Annual administration report of the Civil Veterinary Department of India - 1897-1898
Year: 1897
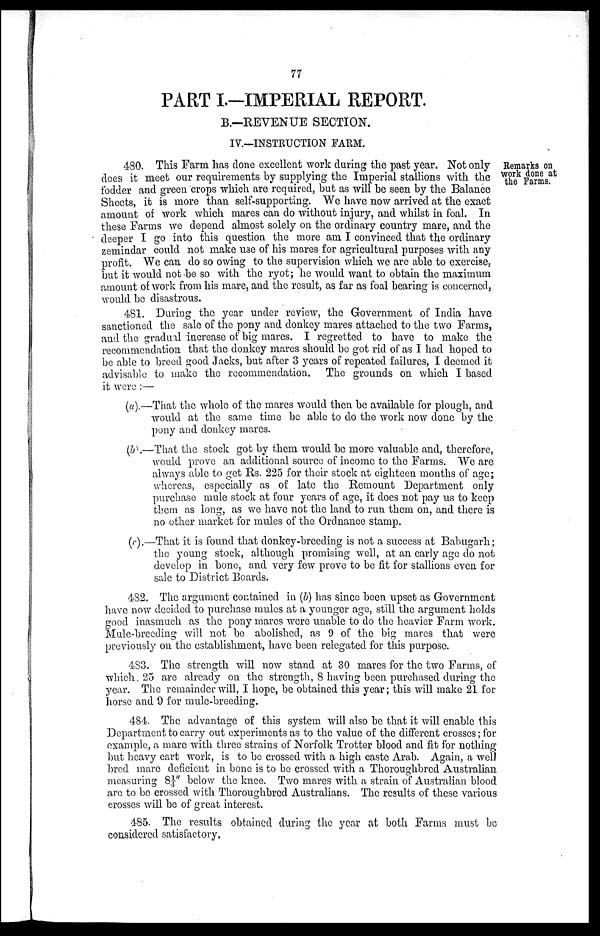
77
PART I.-IMPERIAL REPORT.
B.—REVENUE SECTION.
IV.—INSTRUCTION FARM.
Remarks on
work done at
the Farms.
480. This Farm has done excellent work during the past year. Not only
does it meet our requirements by supplying the Imperial stallions with the
fodder and green crops which are required, but as will be seen by the Balance
Sheets, it is more than self-supporting. We have now arrived at the exact
amount of work which mares can do without injury, and whilst in foal. In
these Farms we depend almost solely on the ordinary country mare, and the
deeper I go into this question the more am I convinced that the ordinary
zemindar could not make use of his mares for agricultural purposes with any
profit. We can do so owing to the supervision which we are able to exercise,
but it would not be so with the ryot; he would want to obtain the maximum
amount of work from his mare, and the result, as far as foal bearing is concerned,
would be disastrous.
481. During the year under review, the Government of India have
sanctioned the sale of the pony and donkey mares attached to the two Farms,
and the gradual increase of big mares. I regretted to have to make the
recommendation that the donkey mares should be got rid of as I had hoped to
be able to breed good Jacks, but after 3 years of repeated failures, I deemed it
advisable to make the recommendation. The grounds on which I based
it were:—
(a).—That the whole of the mares would then be available for plough, and
would at the same time be able to do the work now done by the
pony and donkey mares.
(b).—That the stock got by them would be more valuable and, therefore,
would prove an additional source of income to the Farms. We are
always able to get Rs. 225 for their stock at eighteen months of age;
whereas, especially as of late the Remount Department only
purchase mule stock at four years of age, it does not pay us to keep
them as long, as we have not the land to run them on, and there is
no other market for mules of the Ordnance stamp.
(c).—That it is found that donkey-breeding is not a success at Babugarh;
the young stock, although promising well, at an early age do not
develop in bone, and very few prove to be fit for stallions even for
sale to District Boards.
482. The argument contained in (b) has since been upset as Government
have now decided to purchase mules at a younger age, still the argument holds
good inasmuch as the pony mares were unable to do the heavier Farm work.
Mule-breeding will not be abolished, as 9 of the big mares that were
previously on the establishment, have been relegated for this purpose.
483. The strength will now stand at 30 mares for the two Farms, of
which 25 are already on the strength, 8 having been purchased during the
year. The remainder will, I hope, be obtained this year; this will make 21 for
horse and 9 for mule-breeding.
484. The advantage of this system will also be that it will enable this
Department to carry out experiments as to the value of the different crosses; for
example, a mare with three strains of Norfolk Trotter blood and fit for nothing
but heavy cart work, is to be crossed with a high caste Arab. Again, a well
bred mare deficient in bone is to be crossed with a Thoroughbred Australian
measuring 8¼" below the knee. Two mares with a strain of Australian blood
are to be crossed with Thoroughbred Australians. The results of these various
crosses will be of great interest.
485. The results obtained during the year at both Farms must be
considered satisfactory.